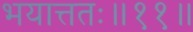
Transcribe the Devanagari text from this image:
भयात्ततः॥११॥